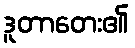
ဒူတာတေး၏